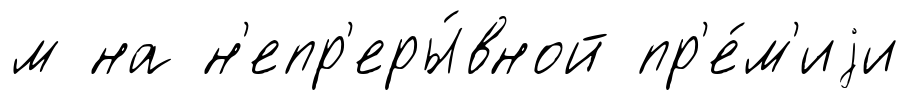
м на н'епр'еры́вной пр'е́м'иjи